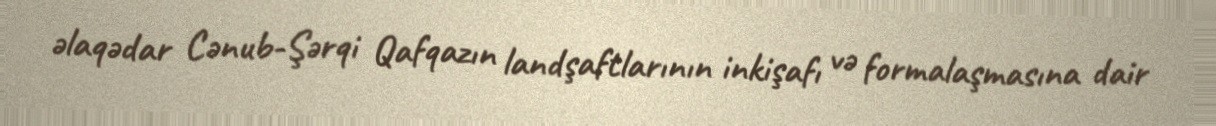
əlaqədar Cənub-Şərqi Qafqazın landşaftlarının inkişafı və formalaşmasına dair